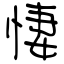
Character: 悽